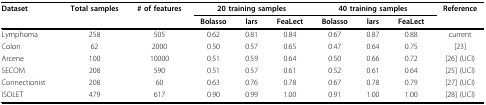
| Dataset | Total samples | # of features | <COLSPAN=3> 20 training samples | <COLSPAN=3> 40 training samples | Reference |
 |  |  |  | Bolasso | lars | FeaLect | Bolasso | lars | FeaLect |  |
 | --- | --- | --- | --- | --- | --- | --- | --- | --- | --- |
 | Lymphoma | 258 | 505 | 0.62 | 0.81 | 0.84 | 0.67 | 0.87 | 0.88 | current |
 | Colon | 62 | 2000 | 0.50 | 0.57 | 0.65 | 0.47 | 0.64 | 0.75 | [23] |
 | Arcene | 100 | 10000 | 0.51 | 0.59 | 0.64 | 0.50 | 0.66 | 0.72 | [26] (UCI) |
 | SECOM | 208 | 590 | 0.51 | 0.57 | 0.61 | 0.52 | 0.61 | 0.64 | [25] (UCI) |
 | Connectionist | 208 | 60 | 0.63 | 0.76 | 0.78 | 0.67 | 0.78 | 0.79 | [27] (UCI) |
 | ISOLET | 479 | 617 | 0.90 | 0.99 | 1.00 | 0.91 | 1.00 | 1.00 | [28] (UCI) |